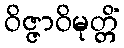
ဝိဇ္ဇာဝိမုတ္တိံ